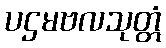
ပဌမဗလသုတ္တံ